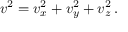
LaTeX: v ^ { 2 } = v _ { x } ^ { 2 } + v _ { y } ^ { 2 } + v _ { z } ^ { 2 } \, .